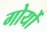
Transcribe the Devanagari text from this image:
गोर्यो